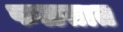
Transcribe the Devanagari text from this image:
फळतात